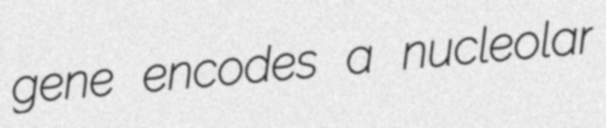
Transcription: gene encodes a nucleolar